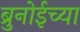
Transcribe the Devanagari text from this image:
ब्रुनोईच्या